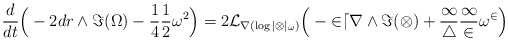
\begin{align*} \frac{d}{dt} \Big( - 2dr \wedge \Im(\Omega) - \frac{1}{4} \frac{1}{2} \omega^2 \Big) = 2 \cal{L}_{\nabla (\log |\Omega|_\omega)} \Big( - 2dr \wedge \Im(\Omega) + \frac{1}{4} \frac{1}{2} \omega^2 \Big)\end{align*}